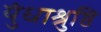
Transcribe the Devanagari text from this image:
युंधाश्रुष्ठि